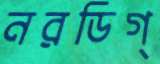
নরডিগ্